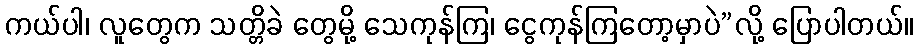
ကယ်ပါ၊ လူတွေက သတ္တိခဲ တွေမို့ သေကုန်ကြ၊ ငွေကုန်ကြတော့မှာပဲ”လို့ ပြောပါတယ်။